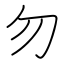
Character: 勿